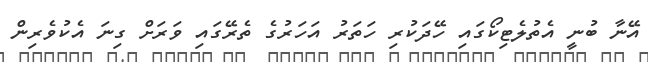
އޭނާ ބުނީ އެތުލެޓިކޯގައި ހޭދަކުރި ހަތަރު އަހަރުގެ ތެރޭގައި ވަރަށް ގިނަ އެކުވެރިން